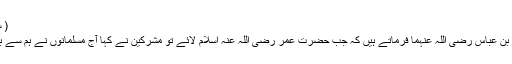
( سیرۃ ابن ہشام )
حضرت عبداللہ بن عباس رضی اللہ عنہما فرماتے ہیں کہ جب حضرت عمر رضی اللہ عنہ اسلام لائے تو مشرکین نے کہا آج مسلمانوں نے ہم سے بدلہ لے لیا ہے ۔